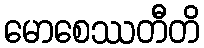
မောစေဿတီတိ